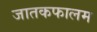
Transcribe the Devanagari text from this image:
जातकफालम